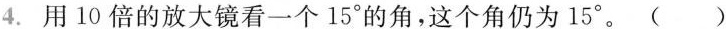
4. 用10倍的放大镜看一个15°的角，这个角仍为15°。( )